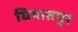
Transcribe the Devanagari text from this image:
घियातपुर